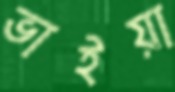
ভাইয়া